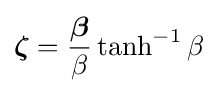
{\boldsymbol {\zeta }}={\frac {\boldsymbol {\beta }}{\beta }}\tanh ^{-1}\beta